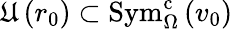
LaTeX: \mathfrak{U}\left(r_{0}\right)\subset\mathrm{Sym}_{\Omega}^{\mathrm{c}}\left(v_{0}\right)